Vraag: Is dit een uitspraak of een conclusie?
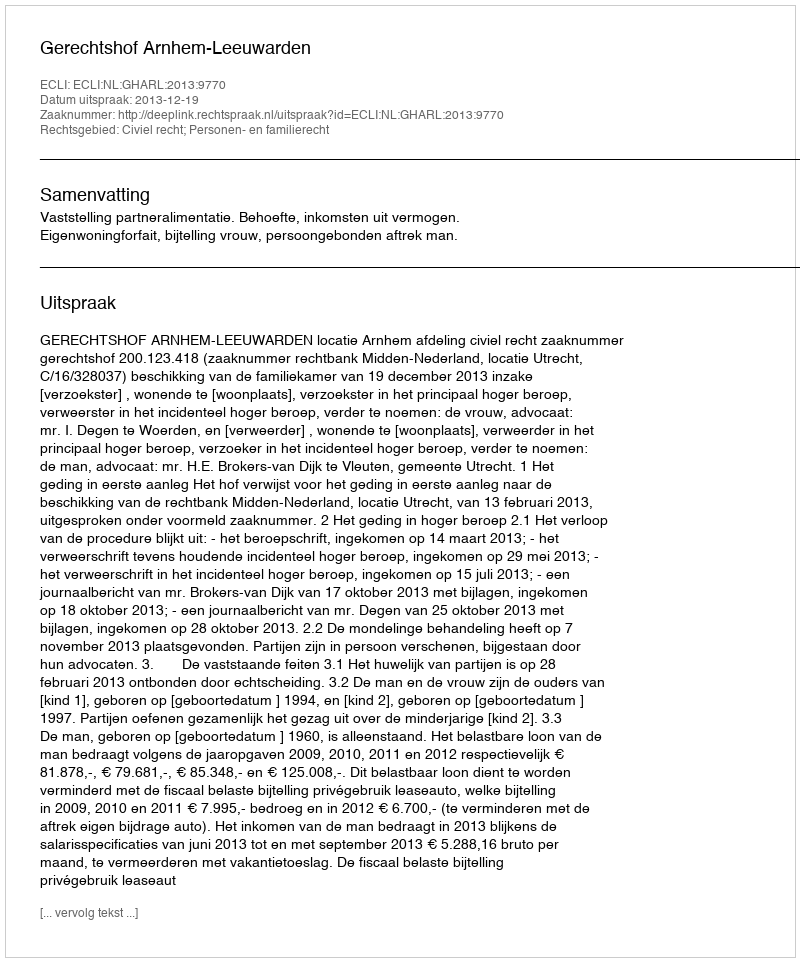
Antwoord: Uitspraak